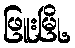
ဖြူးမြို့